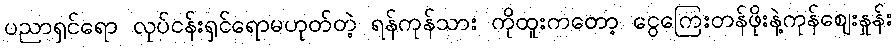
ပညာရှင်ရော လုပ်ငန်းရှင်ရောမဟုတ်တဲ့ ရန်ကုန်သား ကိုထူးကတော့ ငွေကြေးတန်ဖိုးနဲ့ကုန်ဈေးနှုန်း